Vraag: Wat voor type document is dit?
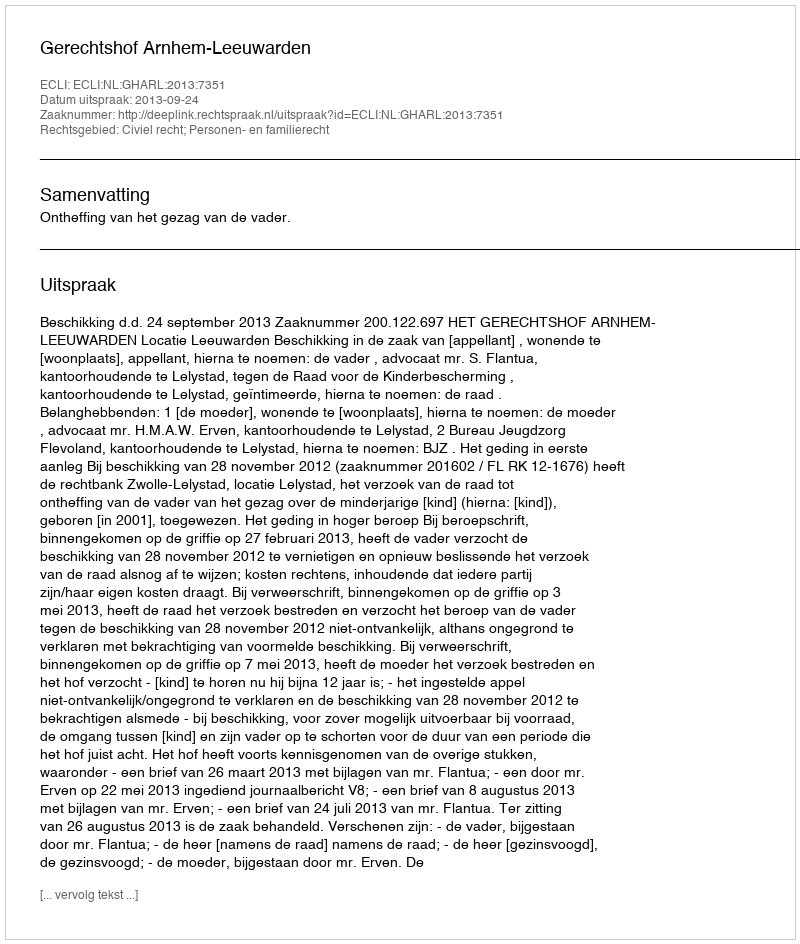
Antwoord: Uitspraak